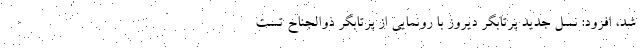
شد، افزود: نسل جدید پرتابگر دیروز با رونمایی از پرتابگر ذوالجناح تست